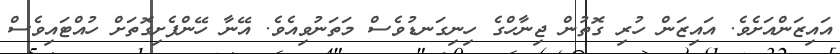
އައިޒަންއަށެވެ. އައިޒަން ހުރި ގޮތުން ޖިނާހްގެ ހިނިގަނޑުވެސް މަތަނުވިއެވެ. އޭނާ ހޭންފެށިގޮތަށް ހުއްޓައިވެސް